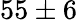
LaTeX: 55\pm 6